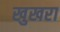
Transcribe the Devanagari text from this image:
खुखरा